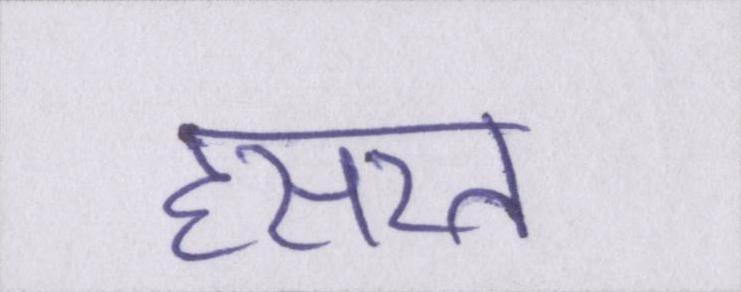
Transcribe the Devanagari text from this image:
हसरत